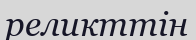
реликттін